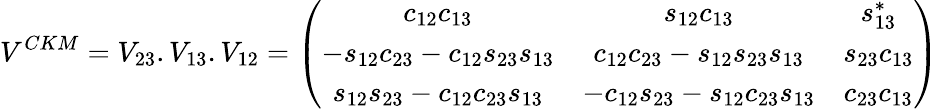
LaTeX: V^{CKM}=V_{23}.V_{13}.V_{12}=\left(\begin{array}{ccc}{{c_{12}c_{13}}}&{{s_{12}c_{13}}}&{{s_{13}^{*}}}\\ {{-s_{12}c_{23}-c_{12}s_{23}s_{13}}}&{{c_{12}c_{23}-s_{12}s_{23}s_{13}}}&{{s_{23}c_{13}}}\\ {{s_{12}s_{23}-c_{12}c_{23}s_{13}}}&{{-c_{12}s_{23}-s_{12}c_{23}s_{13}}}&{{c_{23}c_{13}}}\end{array}\right)